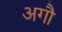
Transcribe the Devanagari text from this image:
अगौ